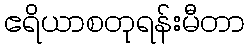
ဧရိယာစတုရန်းမီတာ